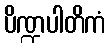
ပိဏ္ဍပါတိကံ